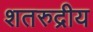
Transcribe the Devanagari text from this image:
शतरुद्रीय